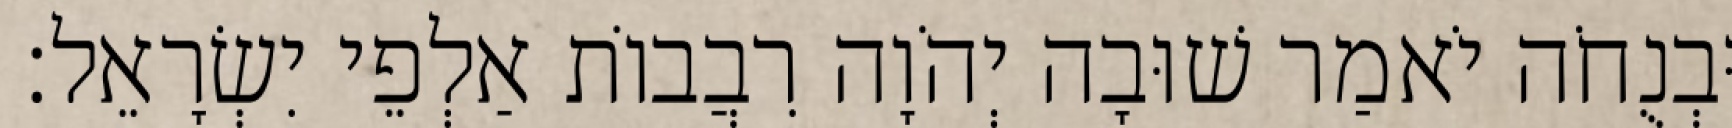
וּבְנֻחֹה יֹאמַר שׁוּבָה יְהֹוָה רִבֲבוֹת אַלְפֵי יִשְׂרָאֵל׃